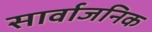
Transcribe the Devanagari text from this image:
सार्वाजनिक